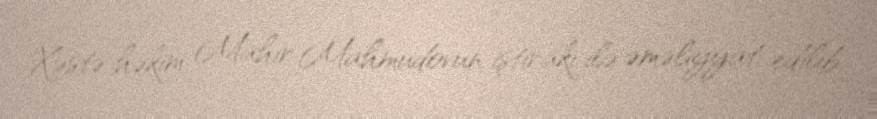
Xəstə həkim Mahir Mahmudovun iştirakı ilə əməliyyat edilib.